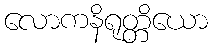
လောကနိရုတ္တိယော